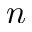
n